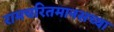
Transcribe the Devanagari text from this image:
रामचरितमानसच्या